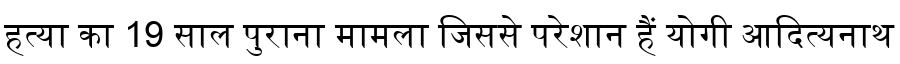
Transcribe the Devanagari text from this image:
हत्या का 19 साल पुराना मामला जिससे परेशान हैं योगी आदित्यनाथ